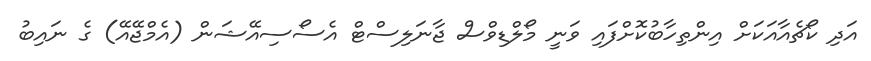
އަދި ކޯޗެއާއަކަށް އިންތިހާބުކޮށްފައި ވަނީ މޯލްޑިވްސް ޖާނަލިސްޓް އެސޯސިއޭޝަން (އެމްޖޭއޭ) ގެ ނައިބު